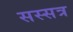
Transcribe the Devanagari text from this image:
सस्सत्र